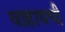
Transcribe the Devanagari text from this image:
वाहायची